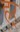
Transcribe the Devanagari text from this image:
हर्